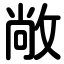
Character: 敞